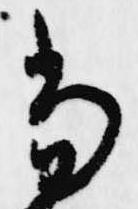
当